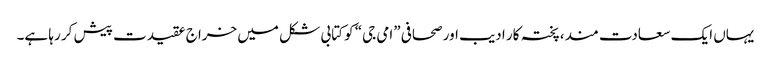
یہاں ایک سعادت مند، پختہ کار ادیب اور صحافی ”امی جی“ کو کتابی شکل میں خراج عقیدت پیش کر رہا ہے۔